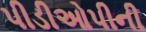
પીડીઓપીની